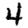
Digit: 4